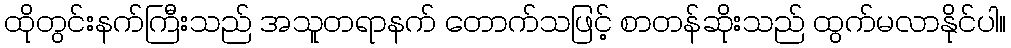
ထိုတွင်းနက်ကြီးသည် အသူတရာနက် တောက်သဖြင့် စာတန်ဆိုးသည် ထွက်မလာနိုင်ပါ။